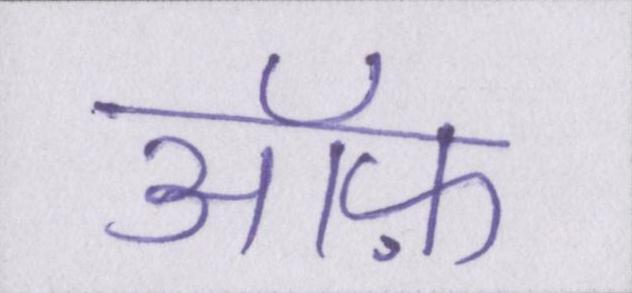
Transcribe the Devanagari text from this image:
ऑफ़